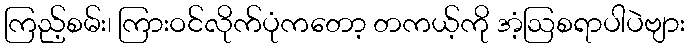
ကြည့်စမ်း၊ ကြားဝင်လိုက်ပုံကတော့ တကယ့်ကို အံ့ဩစရာပါပဲဗျား